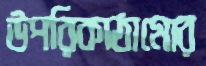
উপরিকাঠামোর